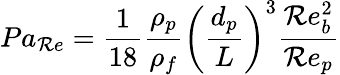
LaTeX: Pa_{\mathcal{R}e}=\frac{{1}}{{18}}\frac{{\rho_{p}}}{{\rho_{f}}}\left(\frac{{d_{p}}}{{L}}\right)^{3}\frac{{\mathcal{R}e_{b}^{2}}}{{\mathcal{R}e_{p}}}